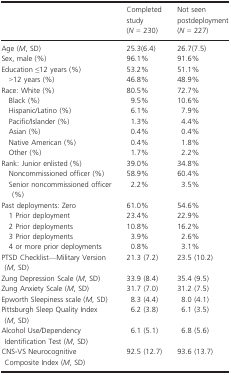
|  | Completed study (N = 230) | Not seen postdeployment (N = 227) |
 | --- | --- | --- |
 | Age (M, SD) | 25.3(6.4) | 26.7(7.5) |
 | Sex, male (%) | 96.1% | 91.6% |
 | Education ≤12 years (%) | 53.2% | 51.1% |
 | >12 years (%) | 46.8% | 48.9% |
 | Race: White (%) | 80.5% | 72.7% |
 | Black (%) | 9.5% | 10.6% |
 | Hispanic/Latino (%) | 6.1% | 7.9% |
 | Pacific/Islander (%) | 1.3% | 4.4% |
 | Asian (%) | 0.4% | 0.4% |
 | Native American (%) | 0.4% | 1.8% |
 | Other (%) | 1.7% | 2.2% |
 | Rank: Junior enlisted (%) | 39.0% | 34.8% |
 | Noncommissioned officer (%) | 58.9% | 60.4% |
 | Senior noncommissioned officer (%) | 2.2% | 3.5% |
 | Past deployments: Zero | 61.0% | 54.6% |
 | 1 Prior deployment | 23.4% | 22.9% |
 | 2 Prior deployments | 10.8% | 16.2% |
 | 3 Prior deployments | 3.9% | 2.6% |
 | 4 or more prior deployments | 0.8% | 3.1% |
 | PTSD Checklist—Military Version (M, SD) | 21.3 (7.2) | 23.5 (10.2) |
 | Zung Depression Scale (M, SD) | 33.9 (8.4) | 35.4 (9.5) |
 | Zung Anxiety Scale (M, SD) | 31.7 (7.0) | 31.2 (7.5) |
 | Epworth Sleepiness scale (M, SD) | 8.3 (4.4) | 8.0 (4.1) |
 | Pittsburgh Sleep Quality Index (M, SD) | 6.2 (3.8) | 6.1 (3.5) |
 | Alcohol Use/Dependency Identification Test (M, SD) | 6.1 (5.1) | 6.8 (5.6) |
 | CNS‐VS Neurocognitive Composite Index (M, SD) | 92.5 (12.7) | 93.6 (13.7) |